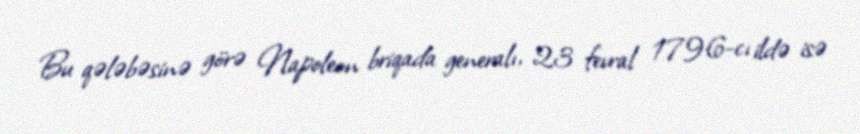
Bu qələbəsinə görə Napoleon briqada generalı, 23 fevral 1796-cı ildə isə